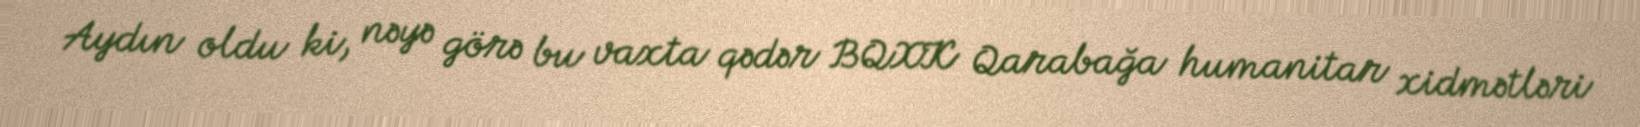
Aydın oldu ki, nəyə görə bu vaxta qədər BQXK Qarabağa humanitar xidmətləri